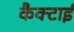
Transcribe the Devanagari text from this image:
कैक्टाई